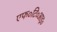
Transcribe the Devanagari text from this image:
एफ०टि०आइ०